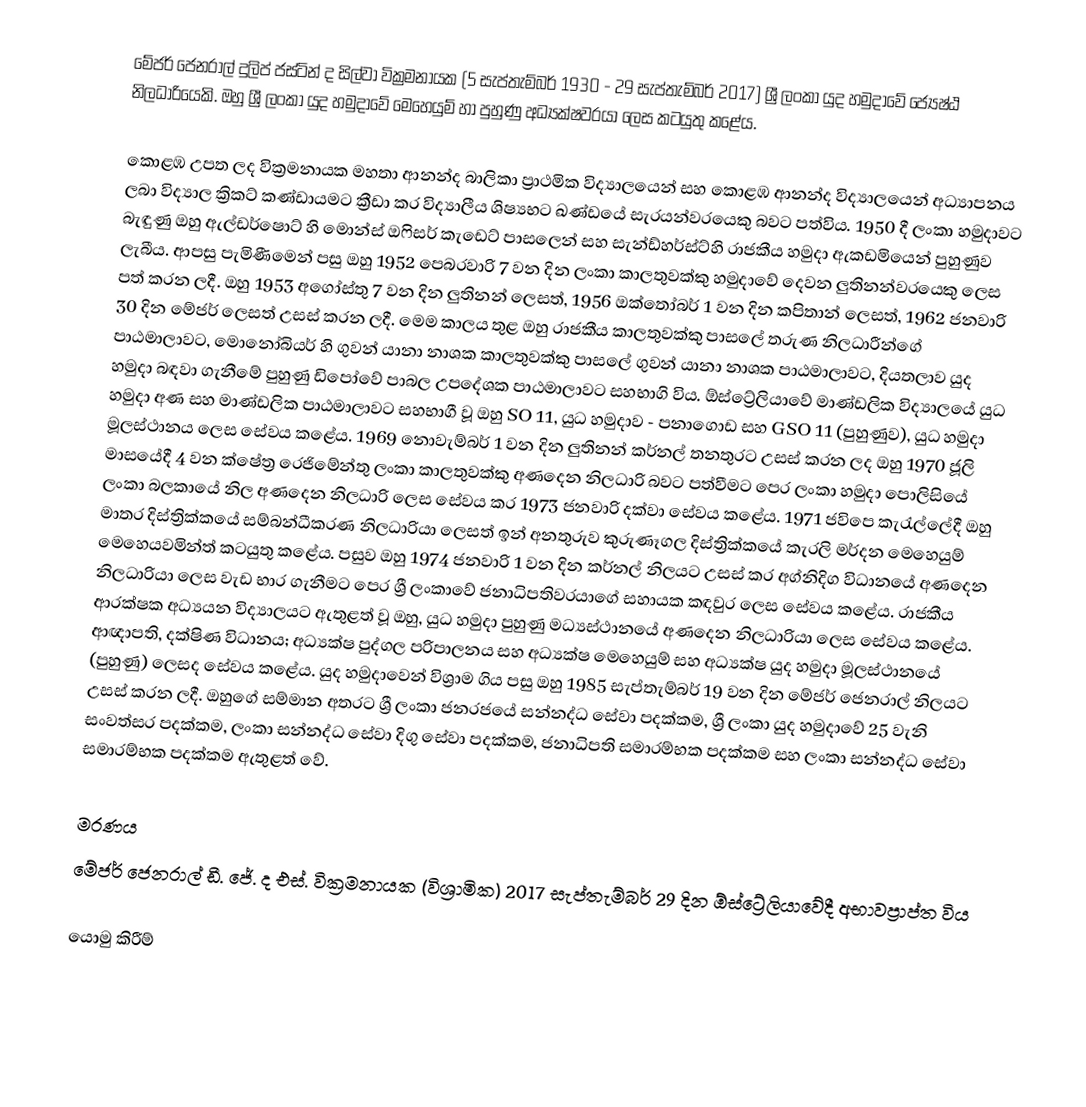
මේජර් ජෙනරාල් දුලිප් ජස්ටින් ද සිල්වා වික්‍රමනායක (5 සැප්තැම්බර් 1930 - 29 සැප්තැම්බර් 2017) ශ්‍රී ලංකා යුද හමුදාවේ ජ්‍යෙෂ්ඨ නිලධාරියෙකි. ඔහු ශ්‍රී ලංකා යුද හමුදාවේ මෙහෙයුම් හා පුහුණු අධ්‍යක්ෂවරයා ලෙස කටයුතු කළේය.

කොළඹ උපත ලද වික්‍රමනායක මහතා ආනන්ද බාලිකා ප්‍රාථමික විද්‍යාලයෙන් සහ කොළඹ ආනන්ද විද්‍යාලයෙන් අධ්‍යාපනය ලබා විද්‍යාල ක්‍රිකට් කණ්ඩායමට ක්‍රීඩා කර විද්‍යාලීය ශිෂ්‍යභට ඛණ්ඩයේ සැරයන්වරයෙකු බවට පත්විය. 1950 දී ලංකා හමුදාවට බැඳුණු ඔහු ඇල්ඩර්ෂොට් හි මොන්ස් ඔෆිසර් කැඩෙට් පාසලෙන් සහ සැන්ඩ්හර්ස්ට්හි රාජකීය හමුදා ඇකඩමියෙන් පුහුණුව ලැබීය. ආපසු පැමිණීමෙන් පසු ඔහු 1952 පෙබරවාරි 7 වන දින ලංකා කාලතුවක්කු හමුදාවේ දෙවන ලුතිනන්වරයෙකු ලෙස පත් කරන ලදී. ඔහු 1953 අගෝස්තු 7 වන දින ලුතිනන් ලෙසත්, 1956 ඔක්තෝබර් 1 වන දින කපිතාන් ලෙසත්, 1962 ජනවාරි 30 දින මේජර් ලෙසත් උසස් කරන ලදී. මෙම කාලය තුළ ඔහු රාජකීය කාලතුවක්කු පාසලේ තරුණ නිලධාරීන්ගේ පාඨමාලාවට, මොනෝබියර් හි ගුවන් යානා නාශක කාලතුවක්කු පාසලේ ගුවන් යානා නාශක පාඨමාලාවට, දියතලාව යුද හමුදා බඳවා ගැනීමේ පුහුණු ඩිපෝවේ පාබල උපදේශක පාඨමාලාවට සහභාගි විය. ඕස්ට්‍රේලියාවේ මාණ්ඩලික විද්‍යාලයේ යුධ හමුදා අණ සහ මාණ්ඩලික පාඨමාලාවට සහභාගී වූ ඔහු SO 11, යුධ හමුදාව - පනාගොඩ සහ GSO 11 (පුහුණුව), යුධ හමුදා මූලස්ථානය ලෙස සේවය කළේය. 1969 නොවැම්බර් 1 වන දින ලුතිනන් කර්නල් තනතුරට උසස් කරන ලද ඔහු 1970 ජූලි මාසයේදී 4 වන ක්ෂේත්‍ර රෙජිමේන්තු ලංකා කාලතුවක්කු අණදෙන නිලධාරි බවට පත්වීමට පෙර ලංකා හමුදා පොලිසියේ ලංකා බලකායේ නිල අණදෙන නිලධාරි ලෙස සේවය කර 1973 ජනවාරි දක්වා සේවය කළේය. 1971 ජවිපෙ කැරැල්ලේදී ඔහු මාතර දිස්ත්‍රික්කයේ සම්බන්ධීකරණ නිලධාරියා ලෙසත් ඉන් අනතුරුව කුරුණෑගල දිස්ත්‍රික්කයේ කැරලි මර්දන මෙහෙයුම් මෙහෙයවමින්ත් කටයුතු කළේය. පසුව ඔහු 1974 ජනවාරි 1 වන දින කර්නල් නිලයට උසස් කර අග්නිදිග විධානයේ අණදෙන නිලධාරියා ලෙස වැඩ භාර ගැනීමට පෙර ශ්‍රී ලංකාවේ ජනාධිපතිවරයාගේ සහායක කඳවුර ලෙස සේවය කළේය. රාජකීය ආරක්ෂක අධ්‍යයන විද්‍යාලයට ඇතුළත් වූ ඔහු, යුධ හමුදා පුහුණු මධ්‍යස්ථානයේ අණදෙන නිලධාරියා ලෙස සේවය කළේය. ආඥාපති, දක්ෂිණ විධානය; අධ්‍යක්ෂ පුද්ගල පරිපාලනය සහ අධ්‍යක්ෂ මෙහෙයුම් සහ අධ්‍යක්ෂ යුද හමුදා මූලස්ථානයේ (පුහුණු) ලෙසද සේවය කළේය. යුද හමුදාවෙන් විශ්‍රාම ගිය පසු ඔහු 1985 සැප්තැම්බර් 19 වන දින මේජර් ජෙනරාල් නිලයට උසස් කරන ලදී. ඔහුගේ සම්මාන අතරට ශ්‍රී ලංකා ජනරජයේ සන්නද්ධ සේවා පදක්කම, ශ්‍රී ලංකා යුද හමුදාවේ 25 වැනි සංවත්සර පදක්කම, ලංකා සන්නද්ධ සේවා දිගු සේවා පදක්කම, ජනාධිපති සමාරම්භක පදක්කම සහ ලංකා සන්නද්ධ සේවා සමාරම්භක පදක්කම ඇතුළත් වේ.

මරණය
මේජර් ජෙනරාල් ඩී. ජේ. ද එස්. වික්‍රමනායක (විශ්‍රාමික) 2017 සැප්තැම්බර් 29 දින ඕස්ට්‍රේලියාවේදී අභාවප්‍රාප්ත විය

යොමු කිරීම්